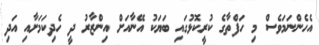
އެހެންނަމަވެސް މި ހަފްތާގެ ކުރީކޮޅުގައި ބަޔަކު އޭނާއަށް އިންޒާރު ދީ ހެދިކަމަށާއި އަދި